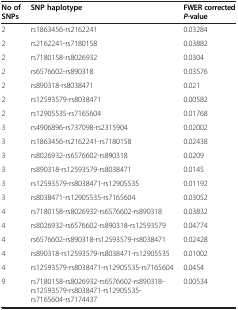
| No of SNPs | SNP haplotype | FWER corrected P-value |
 | --- | --- | --- |
 | 2 | rs1863456-rs2162241 | 0.03284 |
 | 2 | rs2162241-rs7180158 | 0.03882 |
 | 2 | rs7180158-rs8026932 | 0.0304 |
 | 2 | rs6576602-rs890318 | 0.03576 |
 | 2 | rs890318-rs8038471 | 0.021 |
 | 2 | rs12593579-rs8038471 | 0.00582 |
 | 2 | rs12905535-rs7165604 | 0.01768 |
 | 3 | rs4906896-rs737098-rs2315904 | 0.02002 |
 | 3 | rs1863456-rs2162241-rs7180158 | 0.02438 |
 | 3 | rs8026932-rs6576602-rs890318 | 0.0209 |
 | 3 | rs890318-rs12593579-rs8038471 | 0.0145 |
 | 3 | rs12593579-rs8038471-rs12905535 | 0.01192 |
 | 3 | rs8038471-rs12905535-rs7165604 | 0.03052 |
 | 4 | rs7180158-rs8026932-rs6576602-rs890318 | 0.03832 |
 | 4 | rs8026932-rs6576602-rs890318-rs12593579 | 0.04774 |
 | 4 | rs6576602-rs890318-rs12593579-rs8038471 | 0.02428 |
 | 4 | rs890318-rs12593579-rs8038471-rs12905535 | 0.01002 |
 | 4 | rs12593579-rs8038471-rs12905535-rs7165604 | 0.0454 |
 | 9 | rs7180158-rs8026932-rs6576602-rs890318-rs12593579-rs8038471-rs12905535-rs7165604-rs7174437 | 0.00534 |